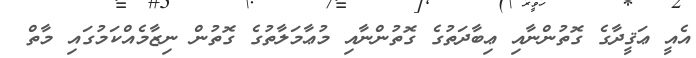
އެއީ ޢަޤީދާގެ ގޮތުންނާއި ޢިބާދަތުގެ ގޮތުންނާއި މުޢާމަލާތުގެ ގޮތުން ނިޒާމެއްކަމުގައި މާތް